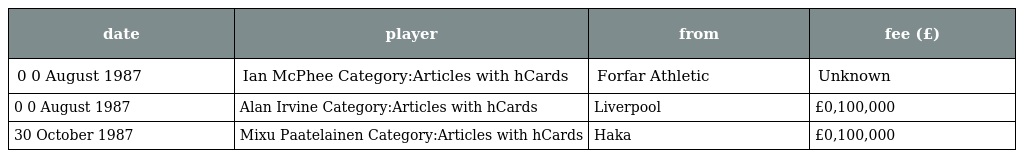
| date | player | from | fee (£) |
 | --- | --- | --- | --- |
 | 0 0 August 1987 | Ian McPhee Category:Articles with hCards | Forfar Athletic | Unknown |
 | 0 0 August 1987 | Alan Irvine Category:Articles with hCards | Liverpool | £0,100,000 |
 | 30 October 1987 | Mixu Paatelainen Category:Articles with hCards | Haka | £0,100,000 |